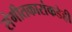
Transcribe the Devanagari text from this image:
संगीतकारांकडेही